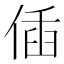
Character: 偛